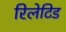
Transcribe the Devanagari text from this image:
रिलेटिड